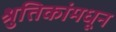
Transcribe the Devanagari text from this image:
श्रुतिकांमधून